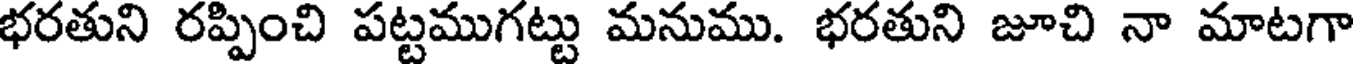
భరతుని రప్పించి పట్టముగట్టు మనుము. భరతుని జూచి నా మాటగా